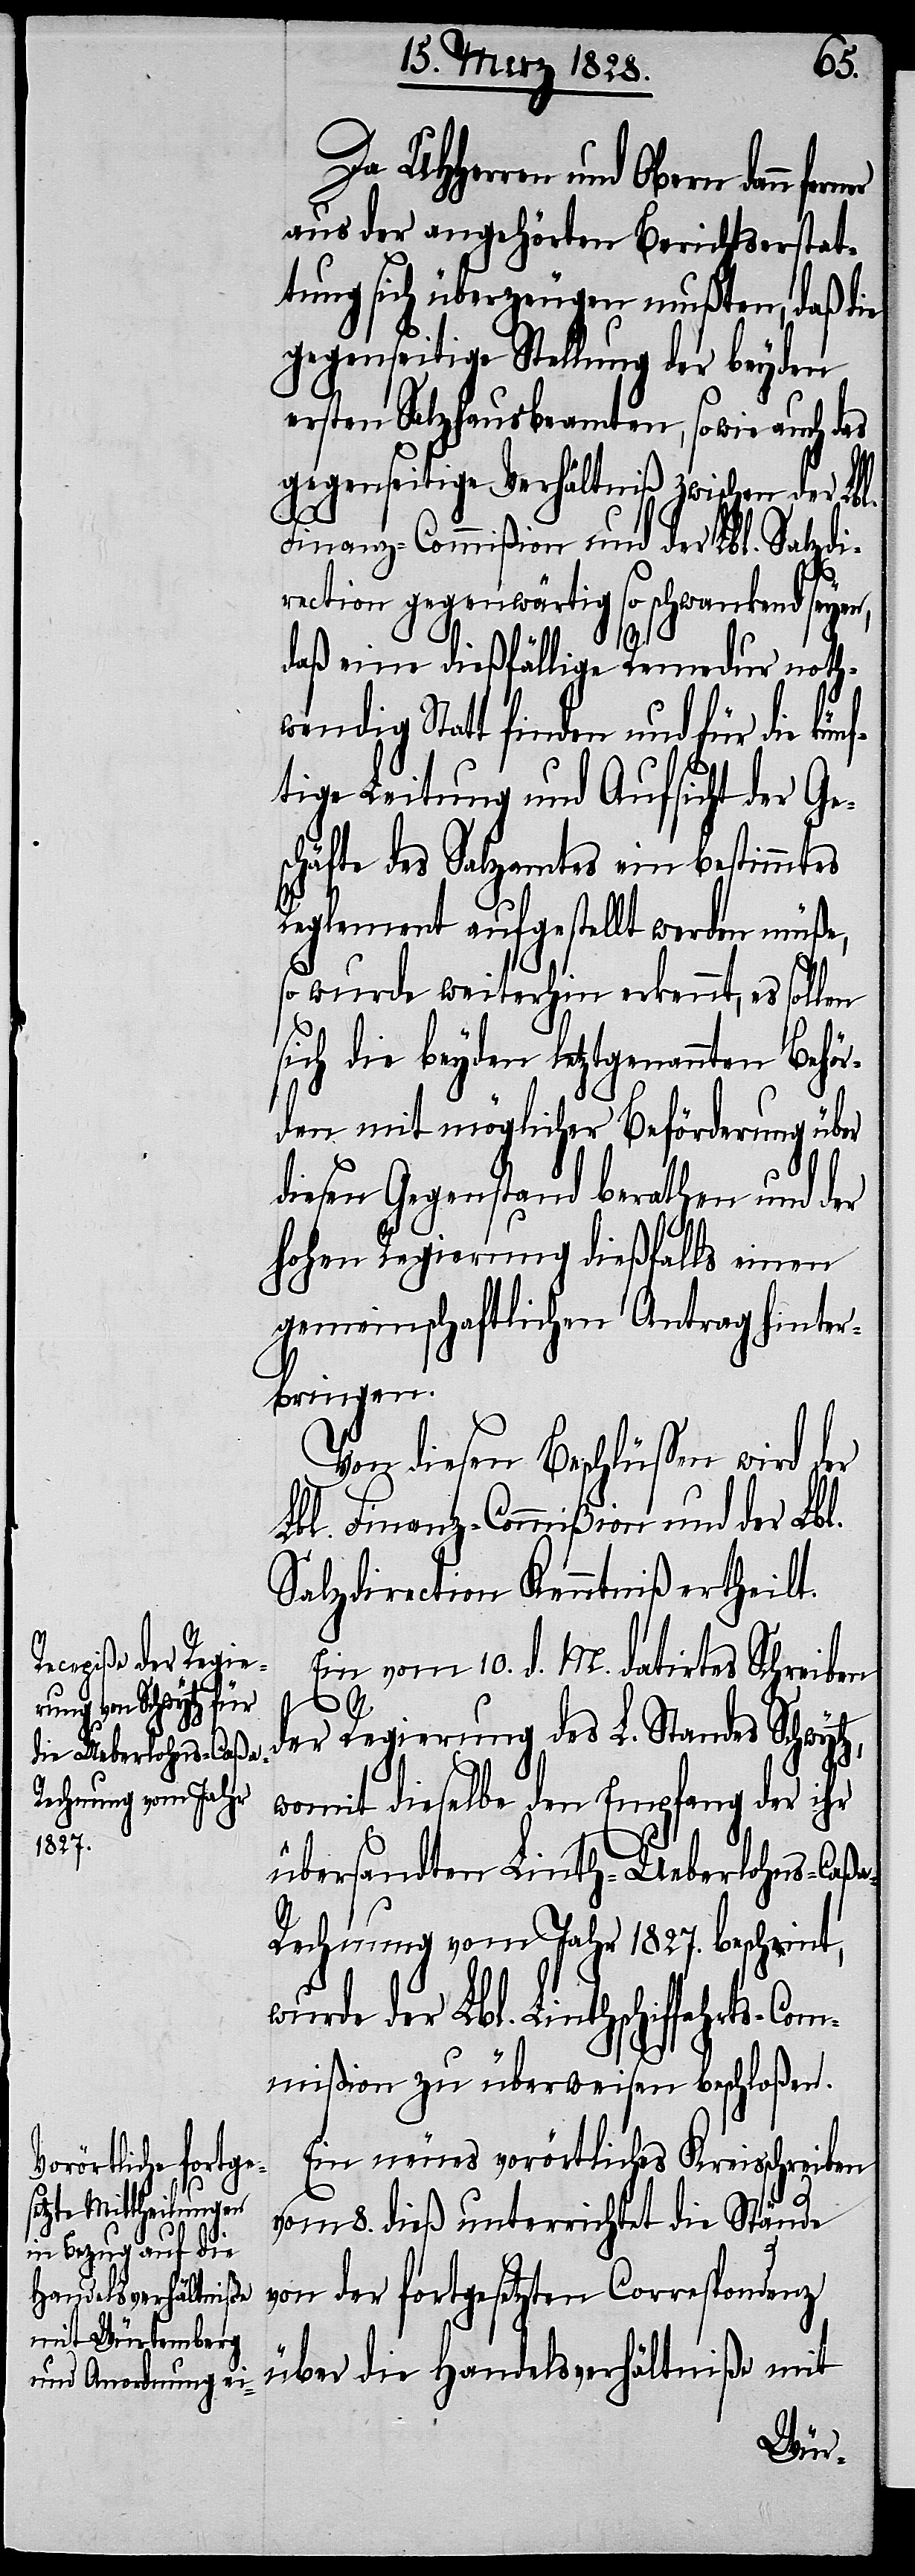
Da UHHerren und Obern dann
aus deren angehörten Berichtserstat¬
tung sich überzeugen mußten, daß die
gegenseitige Stellung der beyden
ersten Salzhausbeamten, so wie auch das
gegenseitige Verhältniß zwischen der Lbl.
Finanz-Commißion und der Lbl. Salzdi¬
tz,
rection gegenwärtig so schwankend seyen,
daß eine dießfällige Remedur nothw¬
endig Statt finden und für die
ftige Leitung und Aufsicht der Ge¬
schäfte des Salzamtes ein bestimmtes
Reglement aufgestellt werden müße,
so wurde weiterhin erkennt, es sollen
sich die beyden letztgenannten Behör¬
den mit möglichster Beförderung über
diesen Gegenstand berathen und der
hohen Regierung dießfalls einen
gemeinschaftlichen Antrag hinter¬
bringen.
Von diesen Beschlüßen wird der
Lbl. Finanz-Commißion und der Lbl.
Salzdirection Kenntniß ertheilt.
Ein vom 10. d. M. datirtes Schreiben
der Regierung des L. Standes Schwy¬
womit dieselbe den Empfang der ihr
übersandten Linth-Ueberlohns-Caß¬
a-Rechnung vom Jahr 1827. bescheint,
wurde der Lbl. Linthschiffahrts-C¬
ommißion zu überweisen beschloßen.
Ein neues vorörtliches Kreisschreiben
vom 8. dieß unterrichtet die Stände
von der fortgesetzten Correspondenz
über die Handelsverhältniße mit
kün¬